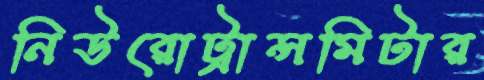
নিউরোট্রান্সমিটার